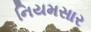
નિયમસાર